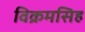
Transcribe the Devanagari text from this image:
विक्रमसिह